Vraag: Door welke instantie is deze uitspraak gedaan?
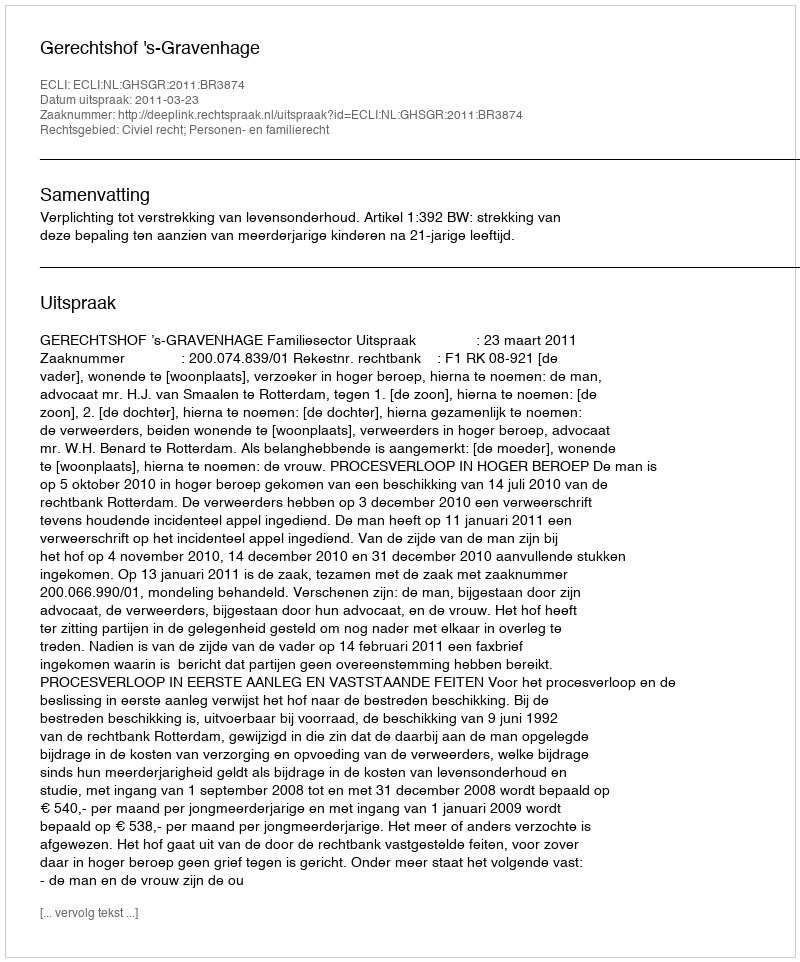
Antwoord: Gerechtshof 's-Gravenhage